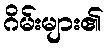
ဂိမ်းများ၏